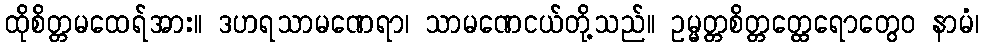
ထိုစိတ္တမထေရ်အား။ ဒဟရသာမဏေရာ၊ သာမဏေငယ်တို့သည်။ ဥမ္မတ္တစိတ္တတ္ထေရောတွေဝ နာမံ၊